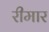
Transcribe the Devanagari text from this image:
रीमार